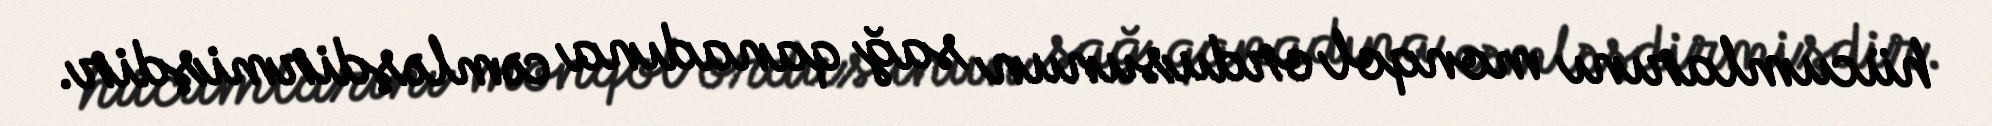
hücumlarını monqol ordusunun sağ qanadına cəmləşdirmişdir.